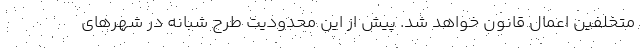
متخلفین اعمال قانون خواهد شد. پیش از این محدودیت طرح شبانه در شهرهای